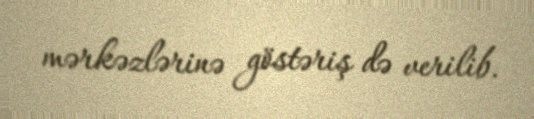
mərkəzlərinə göstəriş də verilib.